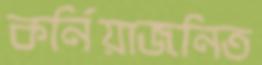
কর্নিয়াজনিত